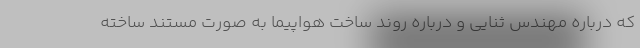
که درباره مهندس ثنایی و درباره روند ساخت هواپیما به صورت مستند ساخته